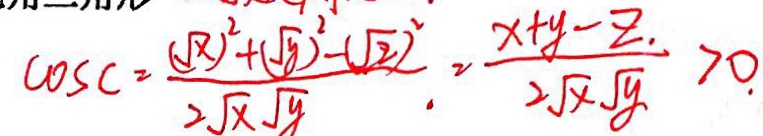
\cos c = \frac { ( \sqrt { x } ) ^ { 2 } + ( \sqrt { y } ) ^ { 2 } - ( \sqrt { 2 } ) ^ { 2 } } { 2 \sqrt { x } \sqrt { y } } = \frac { x + y - z } { 2 \sqrt { x } \sqrt { y } } > 0